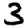
Digit: 3